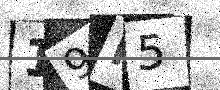
Text: 19F5